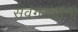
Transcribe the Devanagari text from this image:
सवंगड्यांना